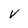
Character: V